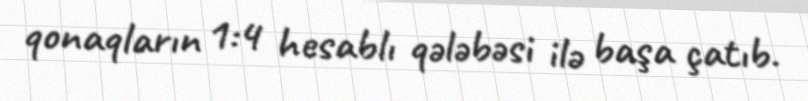
qonaqların 1:4 hesablı qələbəsi ilə başa çatıb.